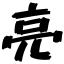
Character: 亮